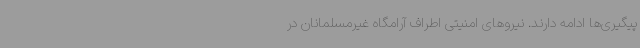
پیگیری‌ها ادامه دارند. نیروهای امنیتی اطراف آرامگاه غیرمسلمانان در